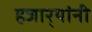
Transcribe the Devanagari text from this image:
हजार्‍यांनी